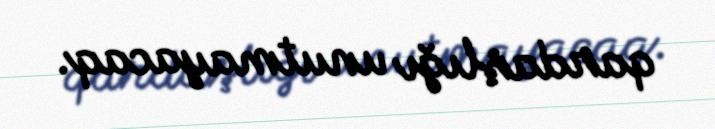
qardaşlığı unutmayacaq.